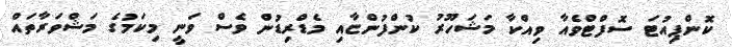
ކޮންޕިއުޓަ ސޮފްޓްވެއާ ވިއްކާ މަޝަހޫރު ކުންފުންޏާއި މެޑްރިޑުން ވެސް ވަނީ މިކަމުގެ މަޝްވަރާތައް